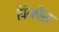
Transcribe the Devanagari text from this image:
पिनपैस